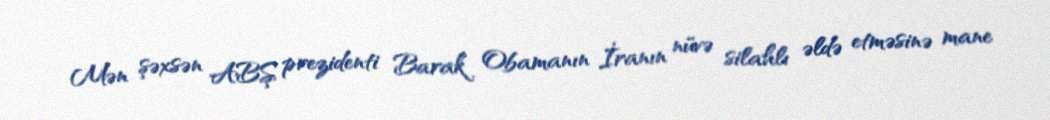
Mən şəxsən ABŞ prezidenti Barak Obamanın İranın nüvə silahlı əldə etməsinə mane